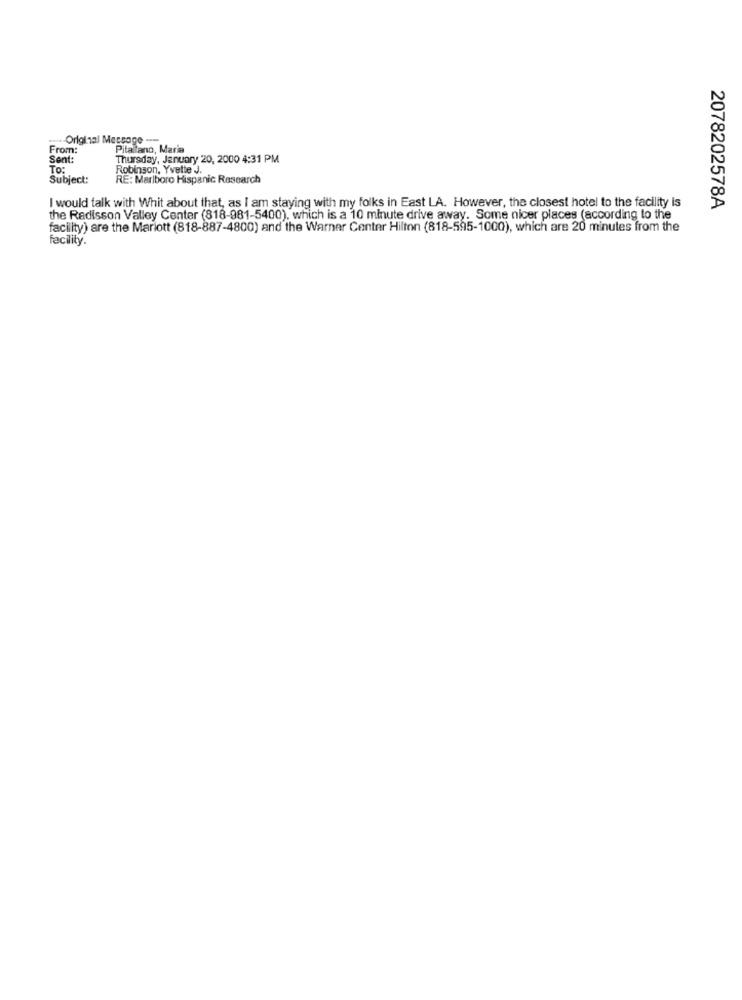
...- Original Message ---
From:
Pitaltano, Maria
Sent:
Thursday, January 20, 2000 4:31 PM
TO:
Robinson, Yvette J.
Subject:
RE: Marlboro Hispanic Research
I would talk with Whit about that, as I am staying with my folks in East LA. However, the closest hotel to the facility is
2078202578A
the Radisson Valley Center (818-981-5400), which is a 10 minute drive away. Some nicer places (according to the
facility) are the Mariott (818-887-4800) and the Warner Center Hilton (818-595-1000), which are 20 minutes from the
facility.